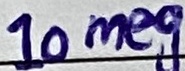
Text: 10meg